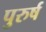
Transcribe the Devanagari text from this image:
पुरुर्ष